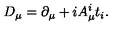
D _ { \mu } = \partial _ { \mu } + i A _ { \mu } ^ { i } t _ { i } .